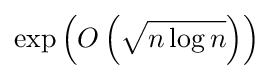
\exp \left(O\left({\sqrt {n\log n}}\right)\right)